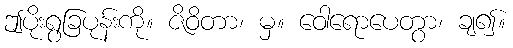
ဤပိုးရွခြပုန်းကို။ ဇိဝိတာ၊ မှ။ ဝေါရောပေတွာ၊ ချ၍။